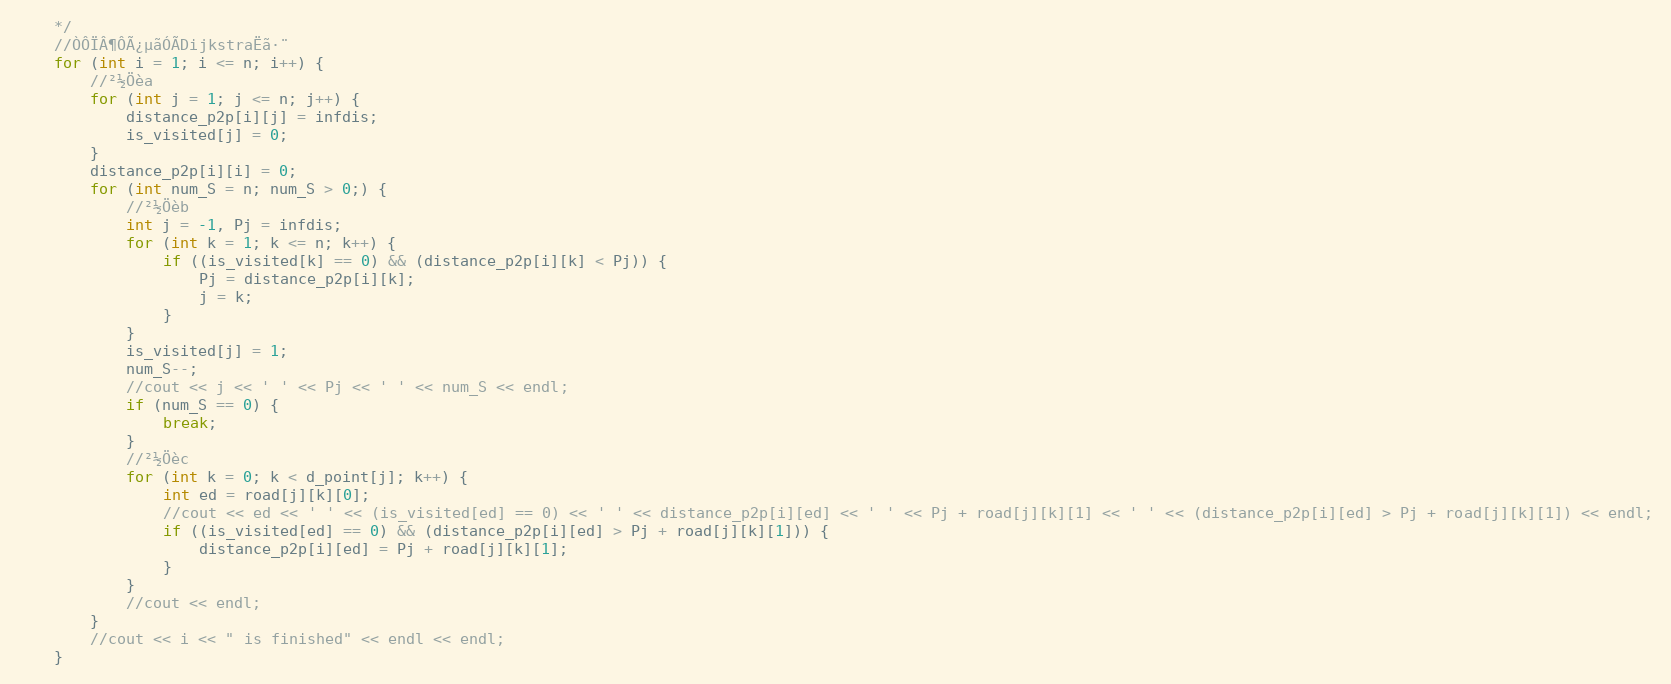
Language: C++
	*/
	//ÒÔÏÂ¶ÔÃ¿µãÓÃDijkstraËã·¨
	for (int i = 1; i <= n; i++) {
		//²½Öèa
		for (int j = 1; j <= n; j++) {
			distance_p2p[i][j] = infdis;
			is_visited[j] = 0;
		}
		distance_p2p[i][i] = 0;
		for (int num_S = n; num_S > 0;) {
			//²½Öèb
			int j = -1, Pj = infdis;
			for (int k = 1; k <= n; k++) {
				if ((is_visited[k] == 0) && (distance_p2p[i][k] < Pj)) {
					Pj = distance_p2p[i][k];
					j = k;
				}
			}
			is_visited[j] = 1;
			num_S--;
			//cout << j << ' ' << Pj << ' ' << num_S << endl;
			if (num_S == 0) {
				break;
			}
			//²½Öèc
			for (int k = 0; k < d_point[j]; k++) {
				int ed = road[j][k][0];
				//cout << ed << ' ' << (is_visited[ed] == 0) << ' ' << distance_p2p[i][ed] << ' ' << Pj + road[j][k][1] << ' ' << (distance_p2p[i][ed] > Pj + road[j][k][1]) << endl;
				if ((is_visited[ed] == 0) && (distance_p2p[i][ed] > Pj + road[j][k][1])) {
					distance_p2p[i][ed] = Pj + road[j][k][1];
				}
			}
			//cout << endl;
		}
		//cout << i << " is finished" << endl << endl;
	}